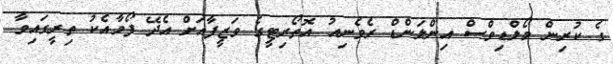
ގެ ކުރިން މޯލްޑިވްސް އިންލަންޑް ރެވެނިއު އޮތޯރިޓީގެ ވަޒީފާއަށް އެދޭ ފޯމާއެކު ތިރީގައިވާ